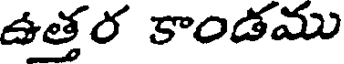
ఉత్తర కాండము